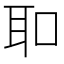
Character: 𦔻